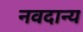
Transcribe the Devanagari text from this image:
नवदान्य